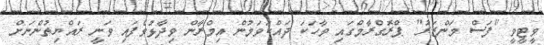
ވީޓީވީ "ފަސް މަންޒަރު" ޕްރޮގްރާމްގައި ވާހަކަ ދައްކަވަމުން އިމްރާން ވިދާޅުވެފައި ވަނީ ރައްޔިތުންނަށް